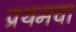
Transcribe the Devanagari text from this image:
प्रथमचा